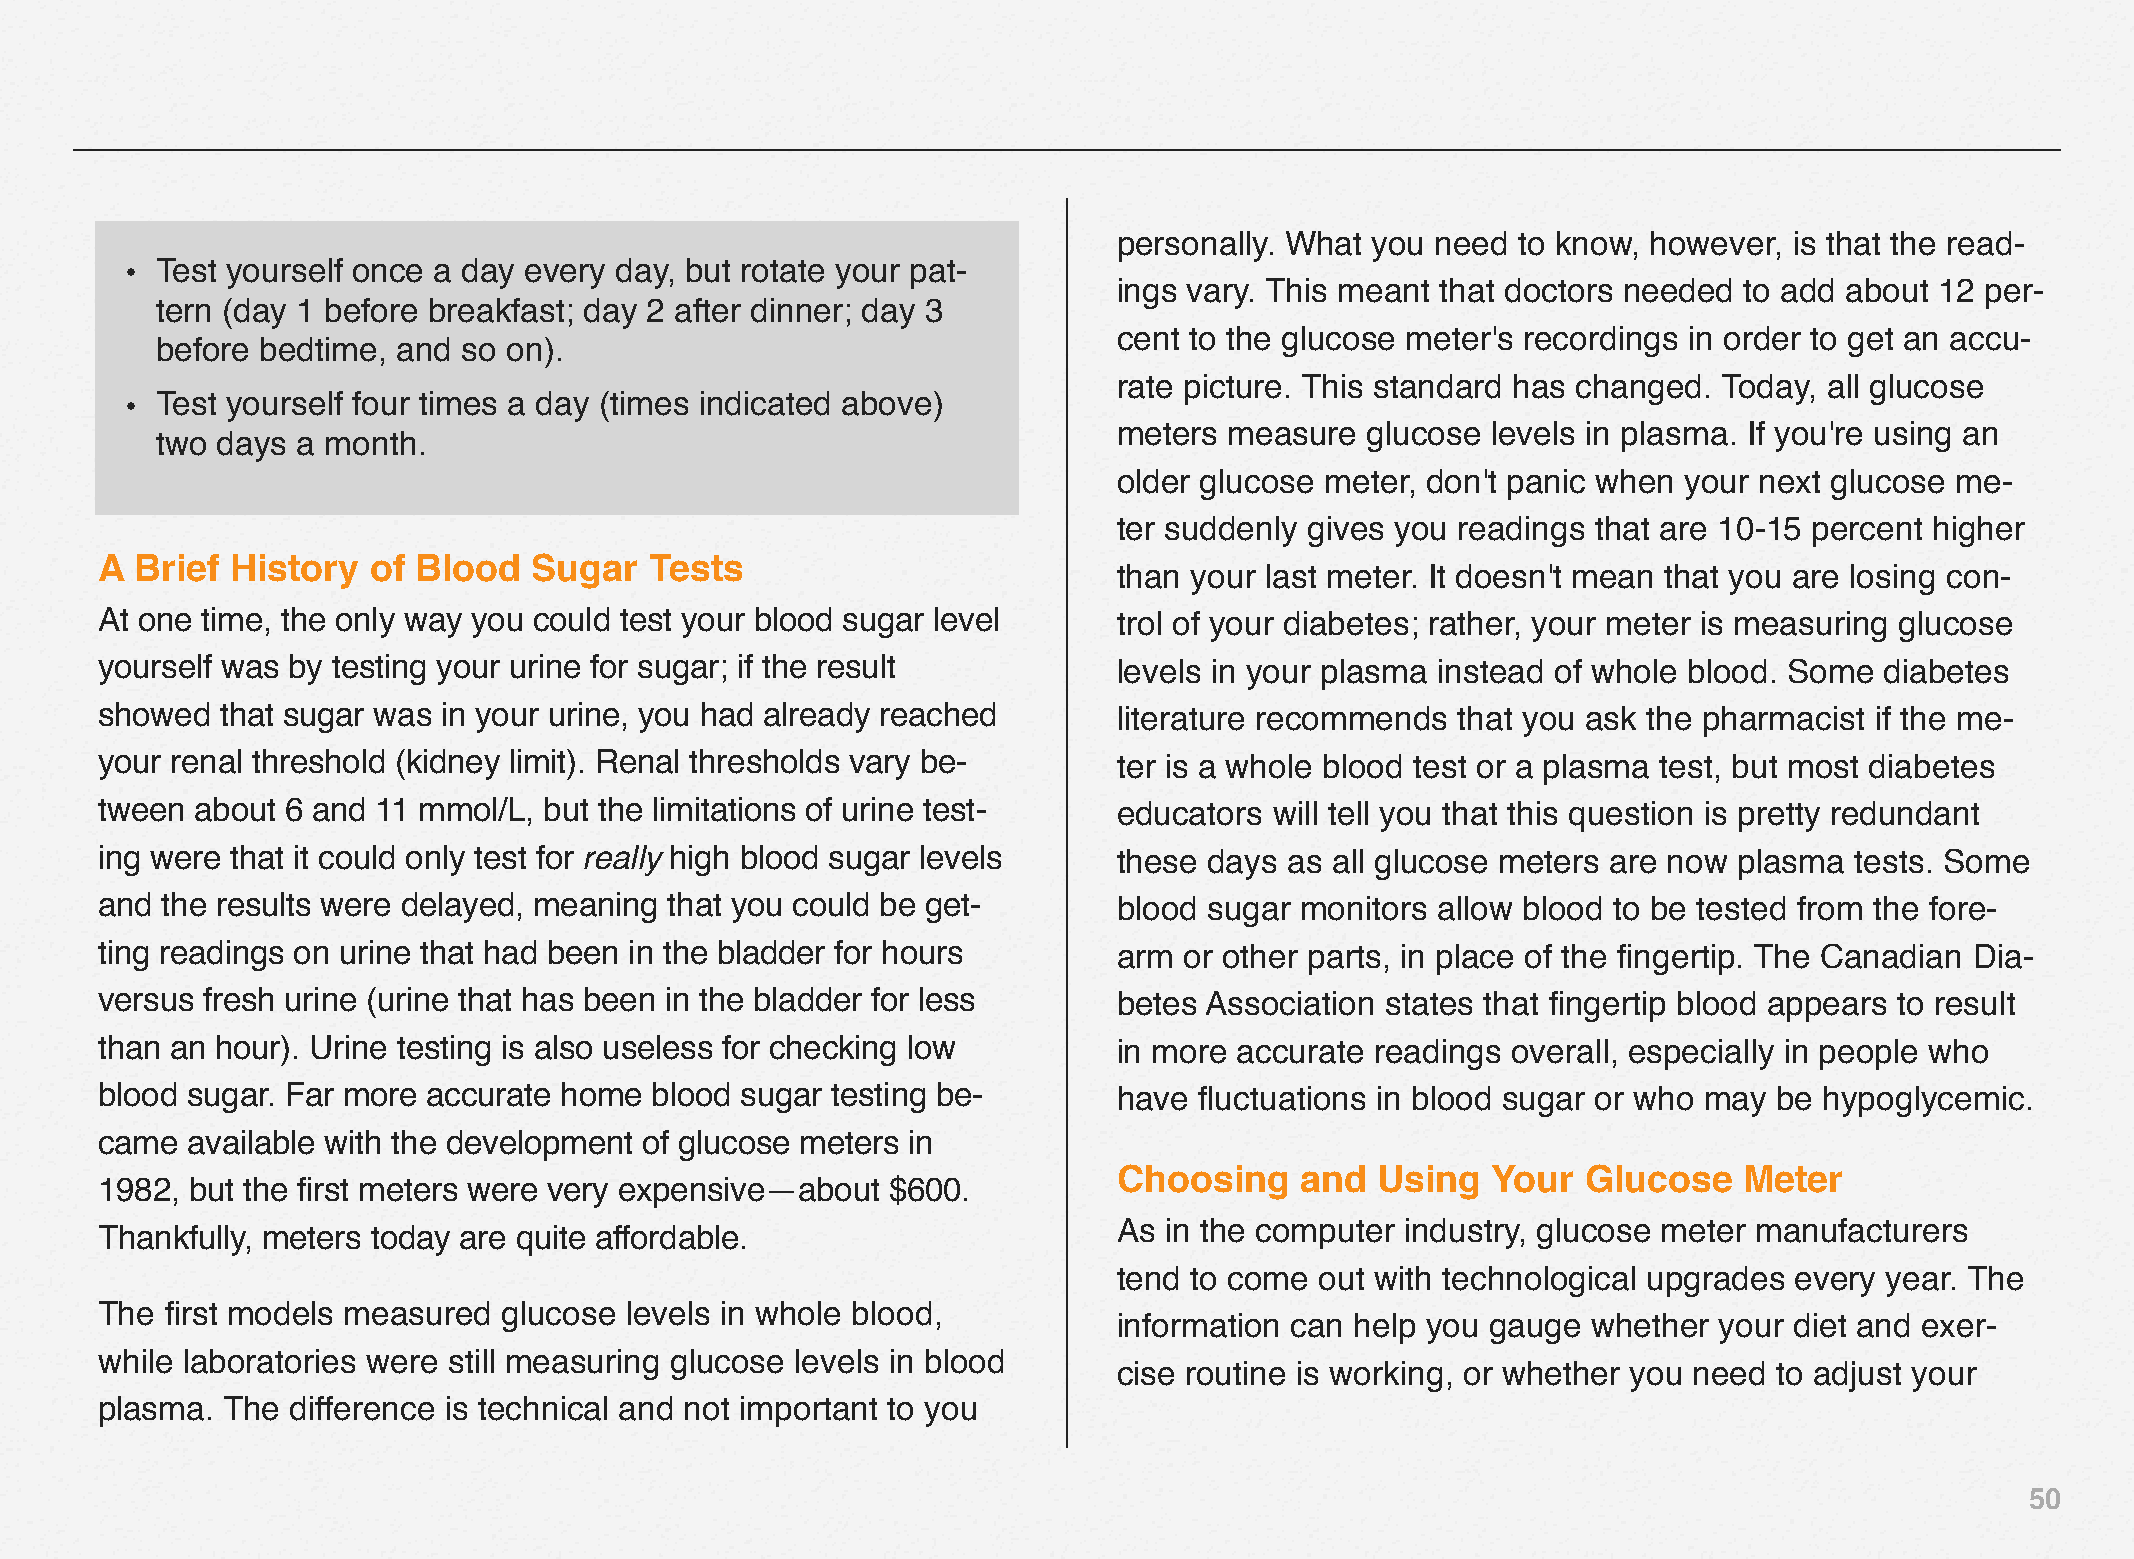
personally. What you need  to know, however, is that the read-
 • Test yourself once a day every day, but rotate your pat-
 ings vary. This meant that doctors needed to add about 12 per-
 tern (day 1 before breakfast; day 2 after dinner; day 3
 cent to the glucose meter's recordings in order to get an accu-
 before bedtime, and  so on).
 rate picture. This standard has changed. Today, all glucose
 • Test yourself four times a day (times indicated above)
 meters measure  glucose  levels in plasma. If you're using an
 two days  a month.
 older glucose meter, don't panic when your next glucose me-
 ter suddenly gives you readings that are 10‒15 percent higher
 A  Brief History  of Blood   Sugar   Tests
 than your last meter. It doesn't mean that you are losing con-
 At one time, the only way you could test your blood sugar level     trol of your diabetes; rather, your meter is measuring glucose
 yourself was by testing your urine for sugar; if the result         levels in your plasma instead of whole blood. Some diabetes
 showed   that sugar was in your urine, you had already reached      literature recommends that you ask the pharmacist if the me-
 your renal threshold (kidney limit). Renal thresholds vary be-      ter is a whole blood test or a plasma test, but most diabetes
 tween  about 6 and 11 mmol/L, but the limitations of urine test-    educators will tell you that this question is pretty redundant
 ing were that it could only test for really high blood sugar levels these days as all glucose meters are now plasma  tests. Some
 and  the results were delayed, meaning that you could be get-       blood sugar monitors allow blood to be tested from the fore-
 ting readings on urine that had been in the bladder for hours       arm or other parts, in place of the fingertip. The Canadian Dia-
 versus fresh urine (urine that has been in the bladder for less     betes Association states that fingertip blood appears to result
 than an hour). Urine testing is also useless for checking low       in more accurate readings overall, especially in people who
 blood sugar. Far more accurate home  blood sugar testing be-        have fluctuations in blood sugar or who may be hypoglycemic.
 came  available with the development of glucose meters in
 Choosing    and  Using   Your  Glucose   Meter
 1982, but the first meters were very expensive—about $600.
 As in the computer industry, glucose meter manufacturers
 Thankfully, meters today are quite affordable.
 tend to come out with technological upgrades every year. The
 The  first models measured glucose levels in whole blood,
 information can help you gauge whether  your diet and exer-
 while laboratories were still measuring glucose levels in blood
 cise routine is working, or whether you need to adjust your
 plasma.  The difference is technical and not important to you
 50